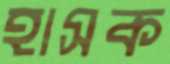
হাসক